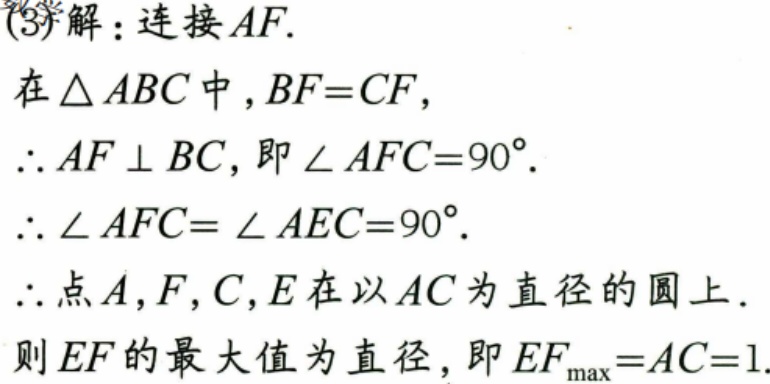
(3)解：连接\(AF\).
在\(\triangle ABC\)中，\(BF = CF\)，
\(\therefore AF\perp BC\)，即\(\angle AFC = 90^{\circ}\).
\(\therefore \angle AFC=\angle AEC = 90^{\circ}\).
\(\therefore\)点\(A,F,C,E\)在以\(AC\)为直径的圆上.
则\(EF\)的最大值为直径，即\(EF_{\max}=AC = 1\).